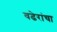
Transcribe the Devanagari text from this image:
वढेरांचा